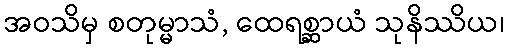
အဝသိမှ စတုမ္မာသံ, ထေရစ္ဆာယံ သုနိဿိယ၊